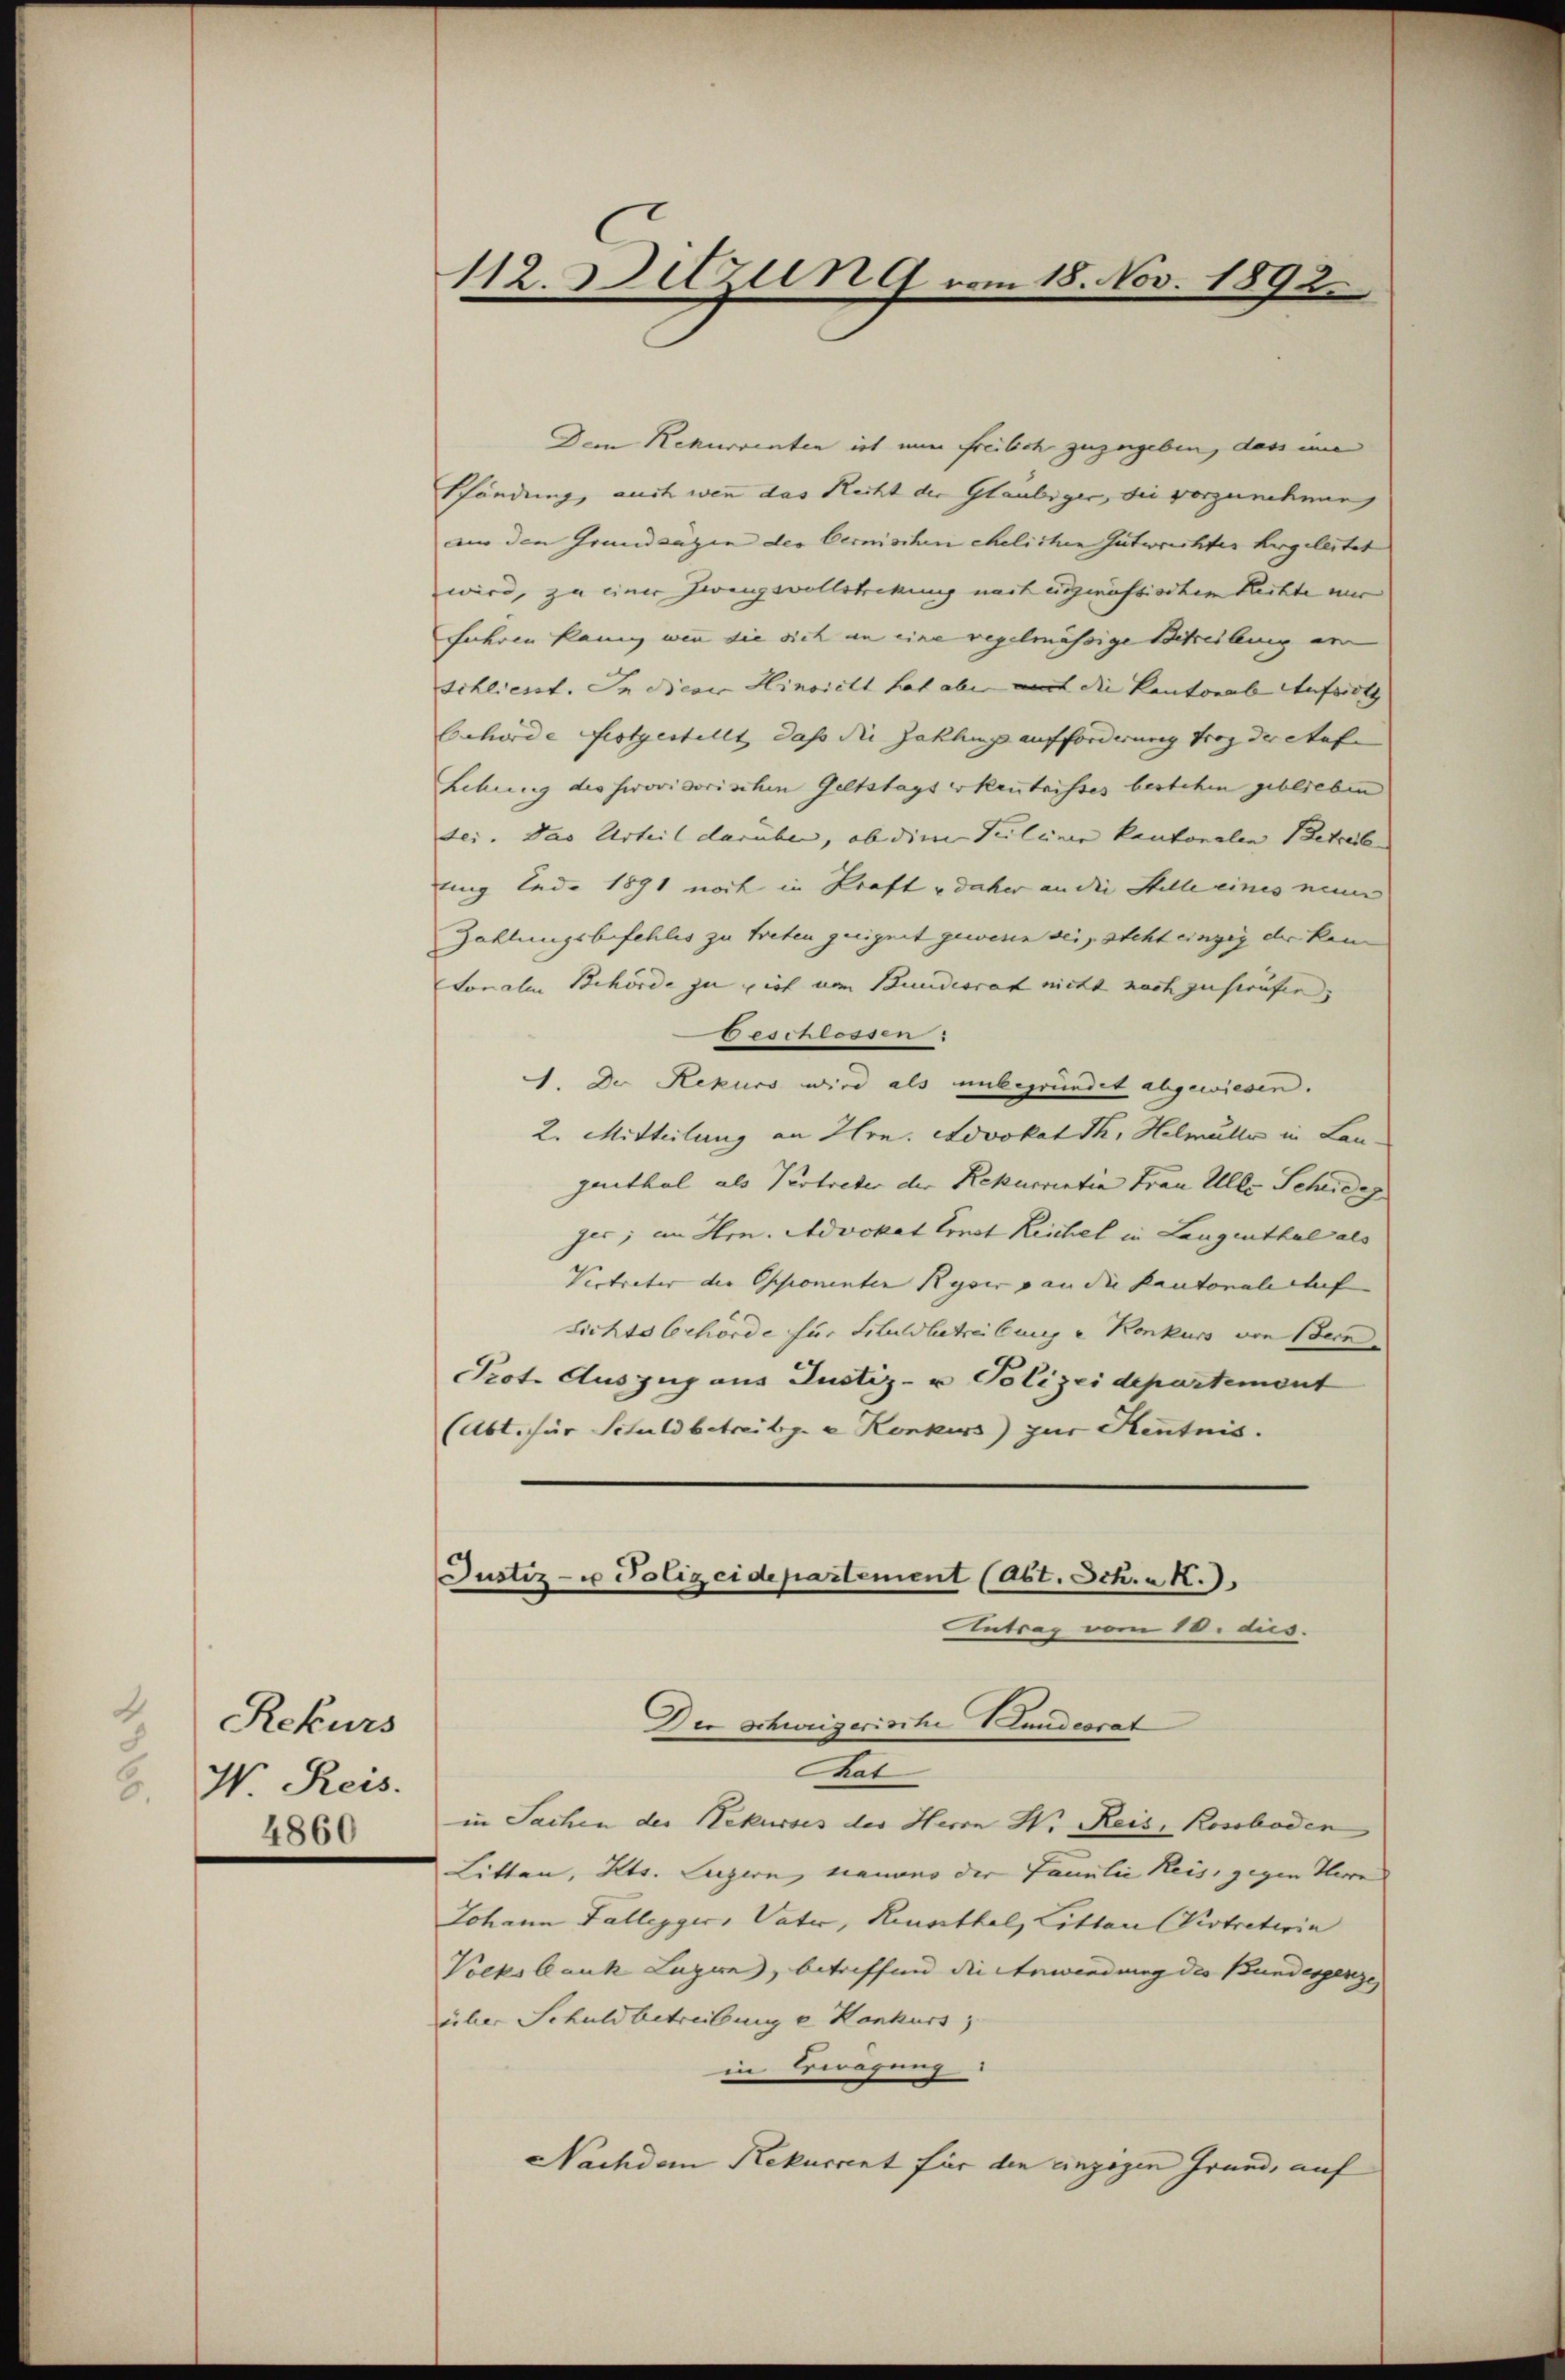
4
Rekurs
N. Reis
.
4860

112. Setzung vom 18. Nov. 1892.

Dem Rekurrenten ist nun freibeh zuzugeben, den im
Pfändung, auch wenn das Recht der Glaubiger, die vorzunehmen,
am den Grundzügen der Cernischen ehelichen Gutwrichtes hergeleitet
wird, zu einer Zweigsvollstrikung nach ungenössischen Rechte mir
fahren kann wir die sich an eine regelmässige Beteilung an
schliesst. In dieser Hinsicht hat aber mit die Kantonal Aufsitz
Gehörde festgestellt dass die Zahlung aufforderung froy der Aufe
Lehung des serovisorischen Geltstags erkenntnisses bestehen geblieben
sei. Das Urteil darüber, ob die Seelenen kantonalen Betreib
tng Lade 1891 noch in Kraft u daher an die Stelle eines neun
Zahlungsbefehles zu treten geeignet gewesen sei, steht einzig der kam
tonalen Behörde zu ist vom Bundesrat nicht nach zu sträfen,
Beschlossen
1. Der Rekurs wird als unbegründet abgewiesen.
2. Mitteilung an Hrn. Advokat dh. Helmüller in Lan-
genthal als Vertreter der Rekurrenten Frau Alle Scheideg
jer; an Hrn. Advokat Ernst Reichel in Langenthal als
Vertreter der Ossionenten Ryser an die Kantonale chef |
Lichtsbehörde für Schuldbetreibung u Konkurs von Bern
Prot. Auszug aus Justiz- u Polizeidepartement
(Abt. für Schuldbetreibgee Konkurs) zur Kenntnis.

Justiz- u Polizeidepartement (Abt. Sch. a. R.
Antrag vom 10. dus.
Der Schweizerische Handesrat

That
in Sachen der Rekurses der Herrn H. Reis, Rossboden
Litten, Kts. Luzern, namens der Familie Reis, gegen Herrn
Johann Fallegger, Vater, Kennthal, Litter Vertreterin
Vocksbank Luzern, betreffend die Anwendung des Bundesgenze
ücher Schuldbetreibung e Konkurs
in Erwägung
Nachdem Rekurrent für den einzogen Grund, auf